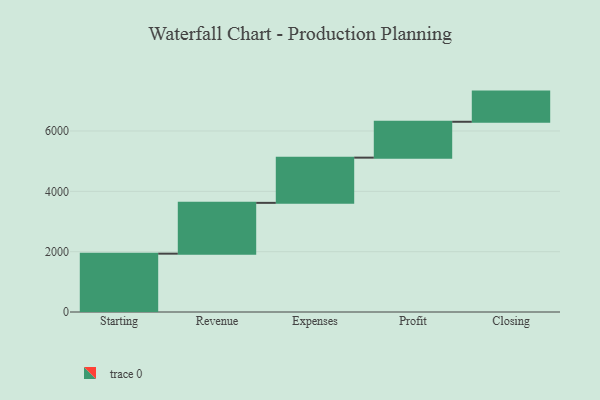
{"axis": {"x": "Step", "y": "Value"}, "legend": [""], "data": [{"x": "Starting", "y": 1934.0, "type": ""}, {"x": "Revenue", "y": 1684.0, "type": ""}, {"x": "Expenses", "y": 1499.0, "type": ""}, {"x": "Profit", "y": 1189.0, "type": ""}, {"x": "Closing", "y": 1000, "type": ""}]}